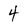
Character: 4